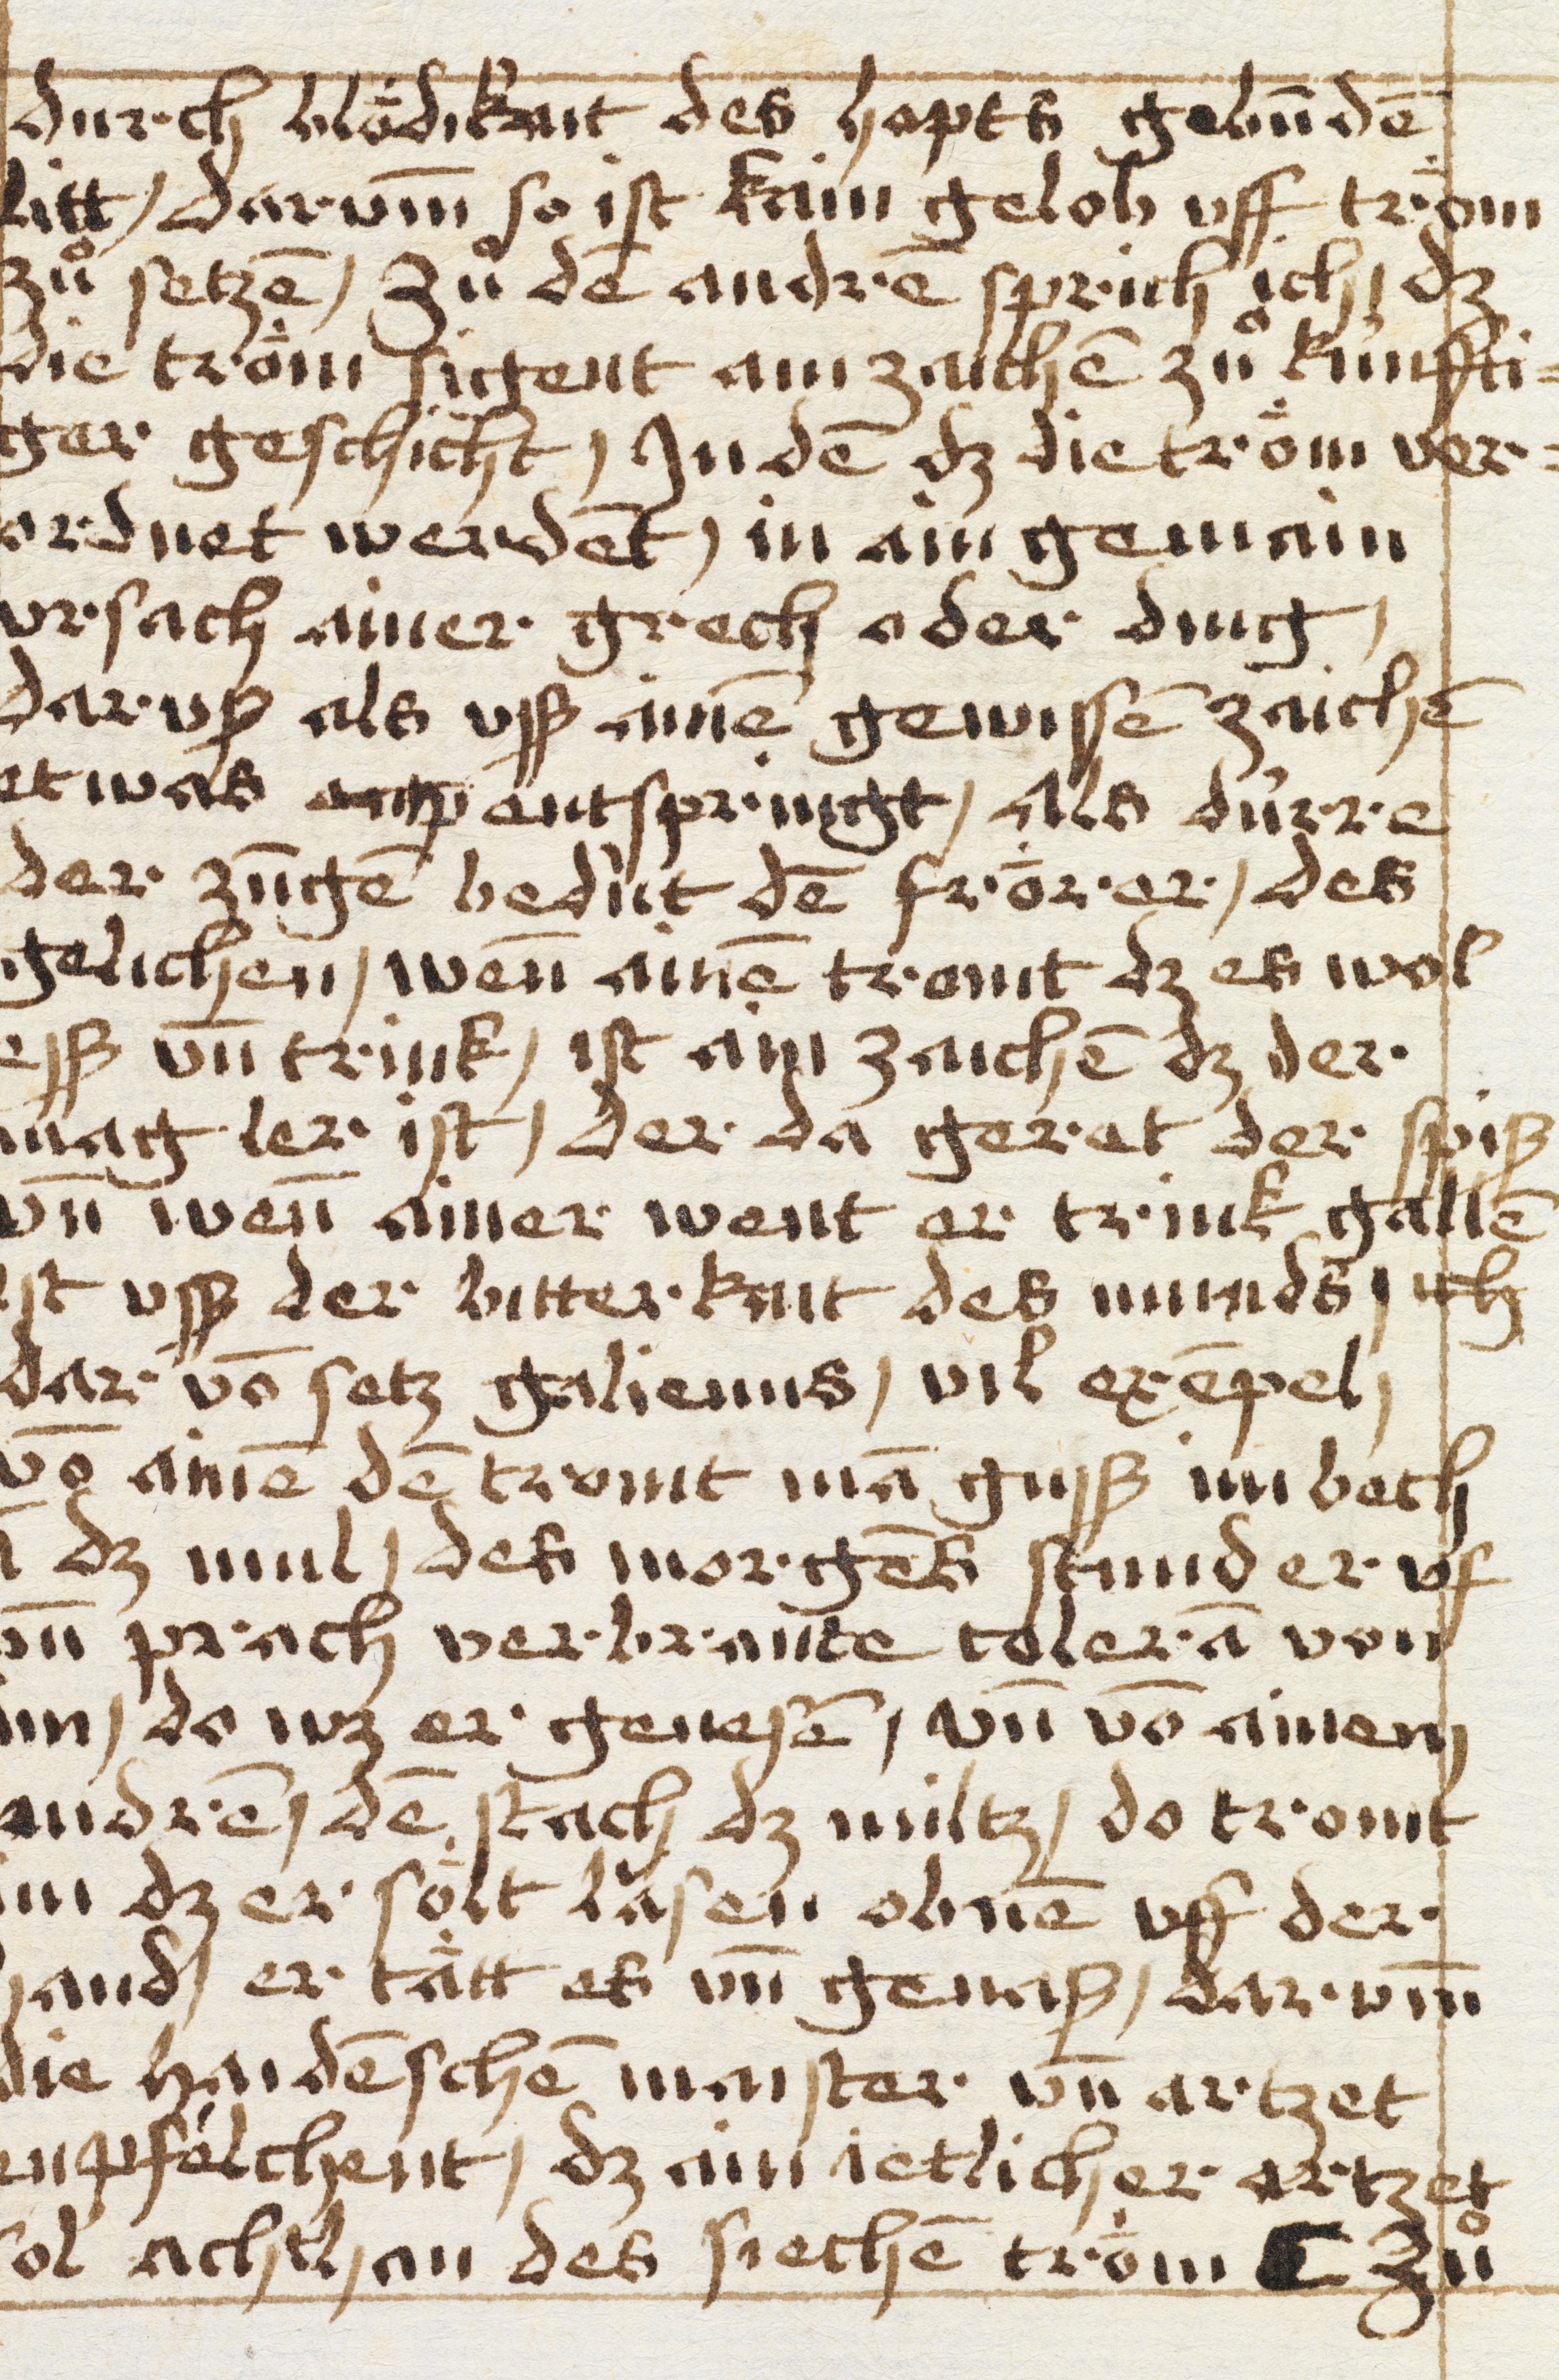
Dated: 1450–1499